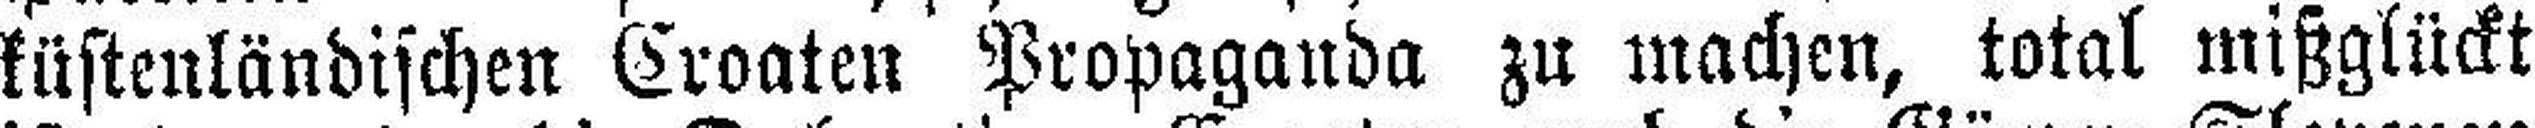
küstenländischen Croaten Propaganda zu machen, total mißglückt